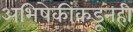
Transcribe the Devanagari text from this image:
अभिषेकींकडूनही